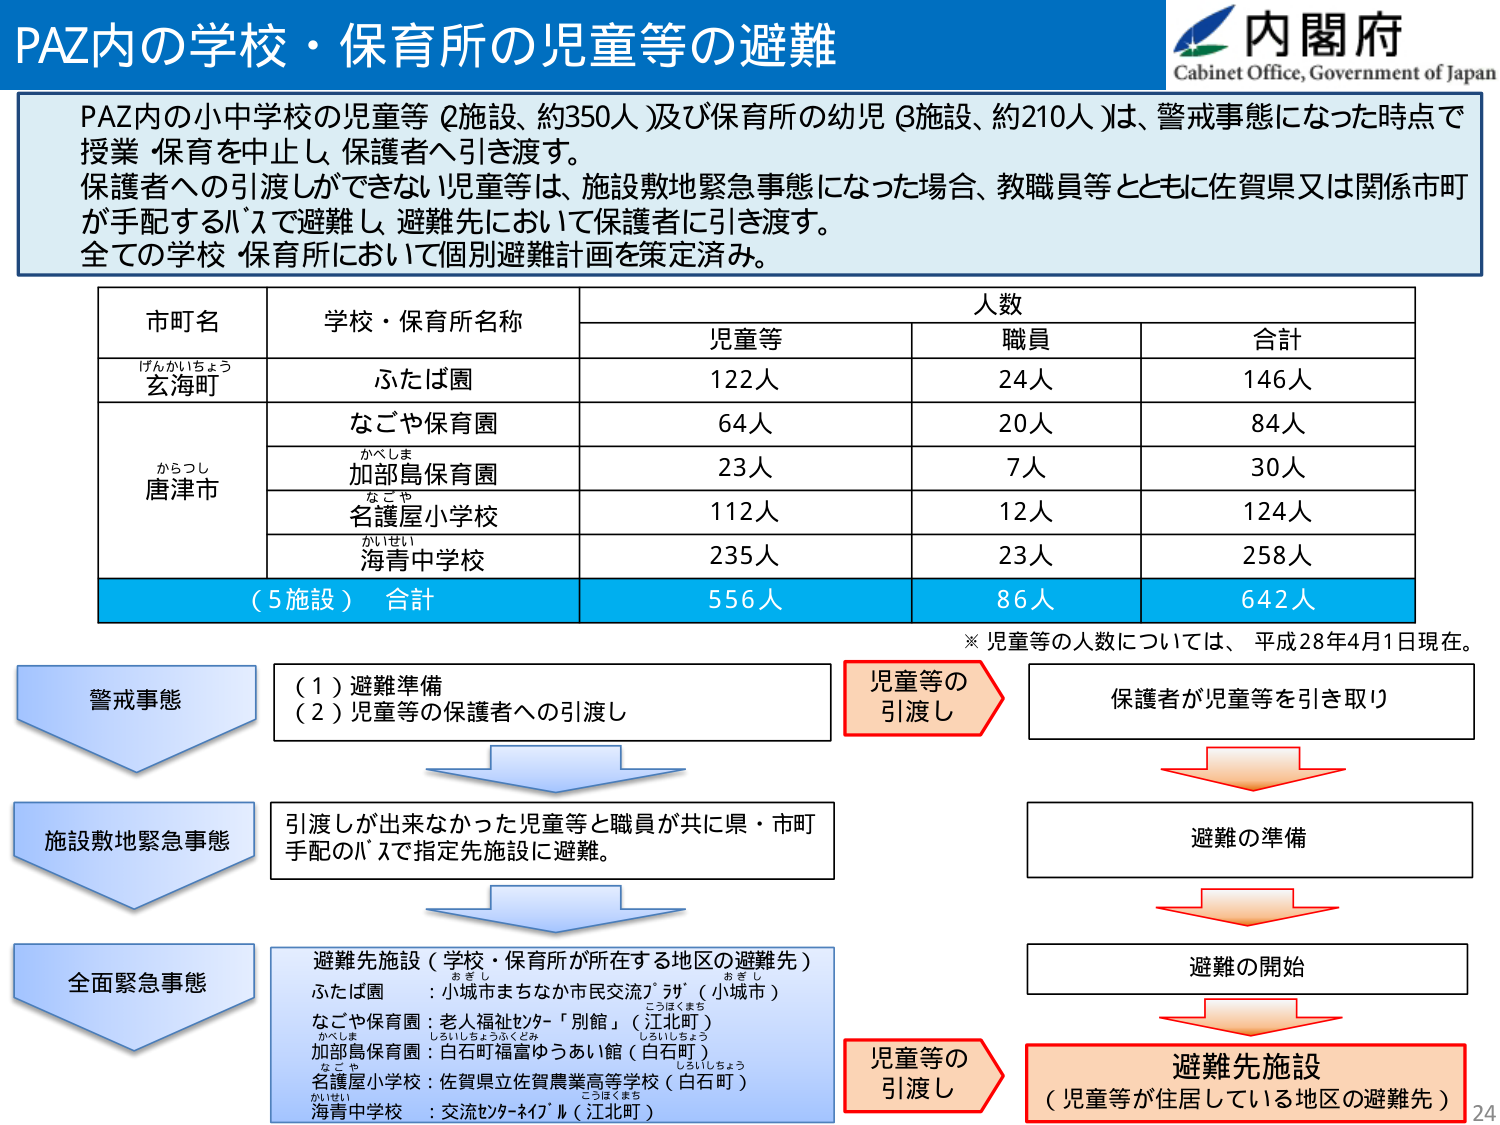
PAZ内の学校・保育所の児童等の避難
内閣府
Cabinet Office, Government of Japan

PAZ内の小中学校の児童等（2施設、約350人）及び保育所の幼児（3施設、約210人）は、警戒事態になった時点で授業・保育を中止し、保護者へ引き渡す。
保護者への引渡しができない児童等は、施設敷地緊急事態になった場合、教職員等とともに佐賀県又は関係市町が手配するバスで避難し、避難先において保護者に引き渡す。
全ての学校・保育所において個別避難計画を策定済み。

市町名　　　　　学校・保育所名称　　　　　人数
　　　　　　　　　　　　　　　　　児童等　　職員　　合計
げんかいちょう
玄海町　　　　　ふたば園　　　　　　　　122人　　24人　　146人
　　　　　　　　なごや保育園　　　　　　64人　　20人　　84人
からつし
唐津市　　　　　かべしま
　　　　　　　　加部島保育園　　　　　　23人　　7人　　30人
　　　　　　　　なごや
　　　　　　　　名護屋小学校　　　　　　112人　　12人　　124人
　　　　　　　　かいせい
　　　　　　　　海青中学校　　　　　　　235人　　23人　　258人
（5施設）合計　　　　　　　　　　　　556人　　86人　　642人

※児童等の人数については、平成28年4月1日現在。

警戒事態
　（1）避難準備
　（2）児童等の保護者への引渡し
　　　　　　　　　　　　　　　　　　　　　　　　　　　　　児童等の
　　　　　　　　　　　　　　　　　　　　　　　　　　　　　引渡し
　　　　　　　　　　　　　　　　　　　　　　　　　　　　　保護者が児童等を引き取り

施設敷地緊急事態
　引渡しが出来なかった児童等と職員が共に県・市町手配のバスで指定先施設に避難。
　　　　　　　　　　　　　　　　　　　　　　　　　　　　　避難の準備
　　　　　　　　　　　　　　　　　　　　　　　　　　　　　避難の開始

全面緊急事態
　避難先施設（学校・保育所が所在する地区の避難先）
　ふたば園　　　：小城市まちなか市民交流プラザ（小城市）
　なごや保育園　：老人福祉センター「別館」（江北町）
　加部島保育園　：白石町福富ゆうあい館（白石町）
　名護屋小学校　：佐賀県立佐賀農業高等学校（白石町）
　海青中学校　　：交流センターネイブル（江北町）
　　　　　　　　　　　　　　　　　　　　　　　　　　　　　児童等の
　　　　　　　　　　　　　　　　　　　　　　　　　　　　　引渡し
　　　　　　　　　　　　　　　　　　　　　　　　　　　　　避難先施設
　　　　　　　　　　　　　　　　　　　　　　　　　　　　　（児童等が住居している地区の避難先）

24